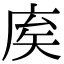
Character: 𢈟